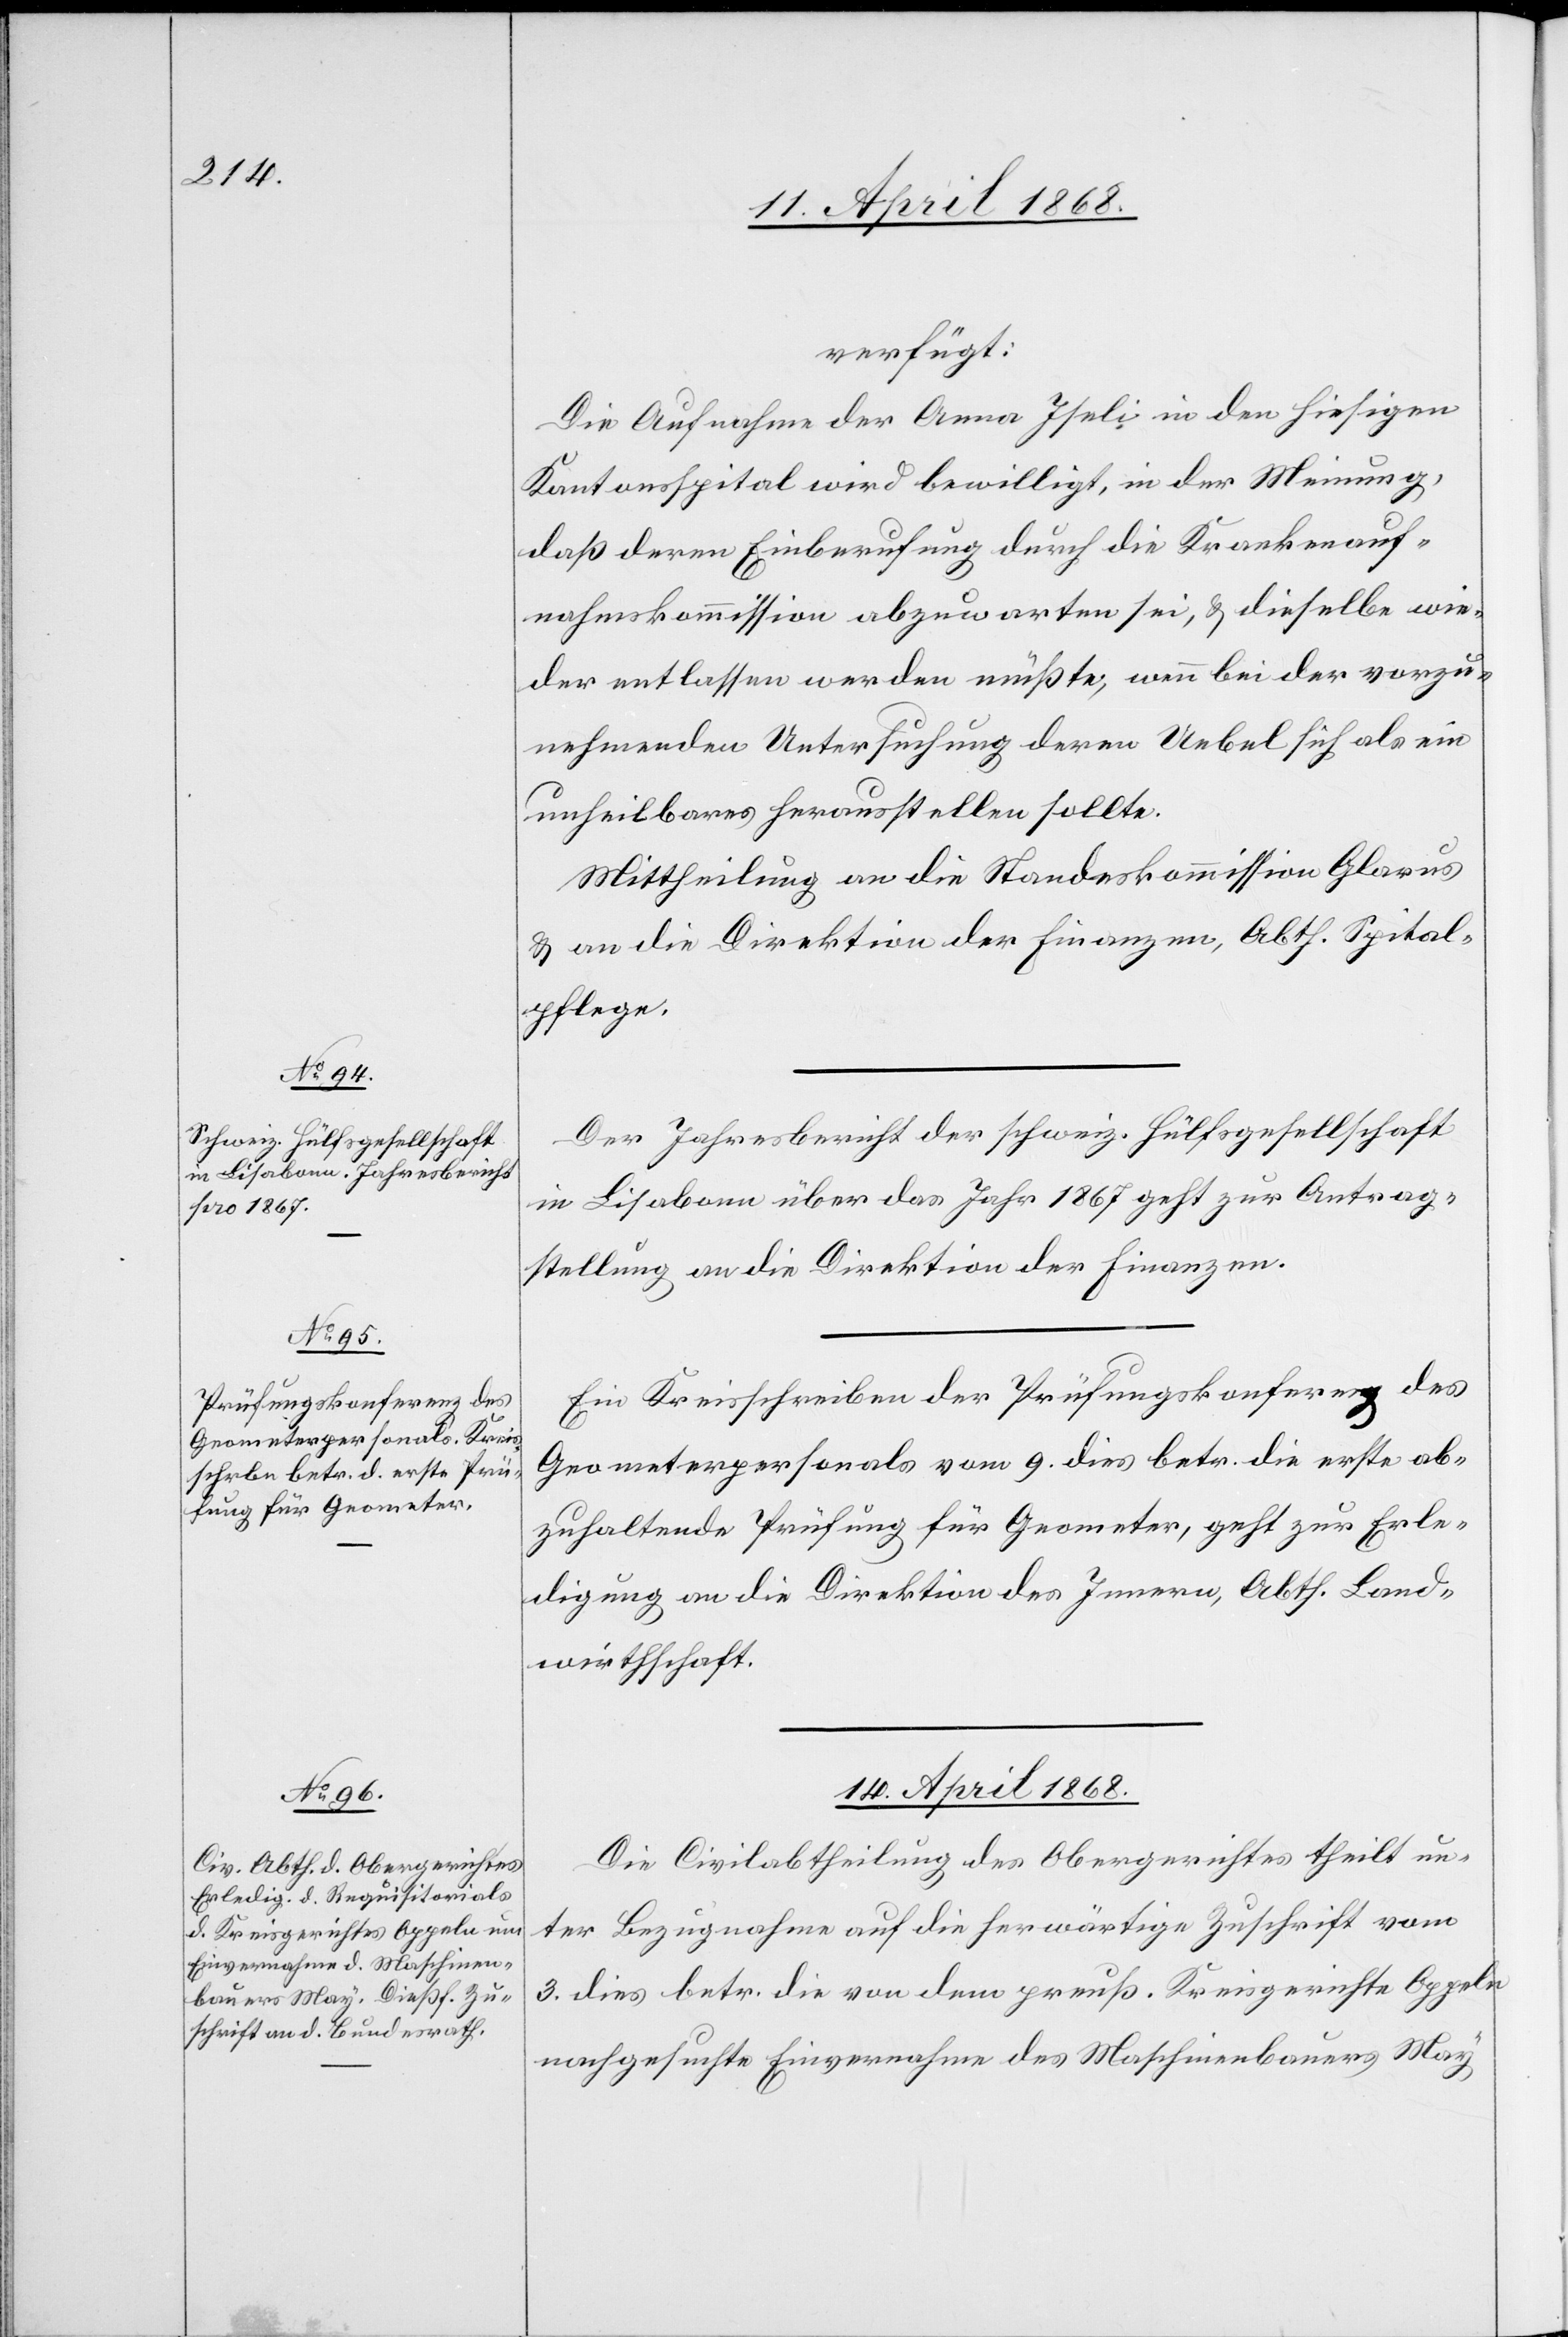
11. April 1868.]
verfügt:
Die Aufnahme der Anna Iseli in den hiesigen
Kantonsspital wird bewilligt, in der Meinung,
daß deren Einberufung durch die Krankenauf¬
nahmskommission abzuwarten sei, & dieselbe wie¬
der entlassen werden müßte, wenn bei der vorzu¬
nehmenden Untersuchung deren Uebel sich als ein
unheilbares herausstellen sollte.
Mittheilung an die Standeskommission Glarus
& an die Direktion der Finanzen, Abth. Spital¬
pflege.
Der Jahresbericht der schweiz. Hülfsgesellschaft
in Lisabonn über das Jahr 1867 geht zur Antrag¬
stellung an die Direktion der Finanzen.
Ein Kreisschreiben der Prüfungskonferenz des
Geometerpersonals vom 9. dies betr. die erste ab¬
zuhaltende Prüfung für Geometer, geht zur Erle¬
digung an die Direktion des Innern, Abth. Land¬
wirthschaft.
14. April 1868.
Die Civilabtheilung des Obergerichtes theilt un¬
ter Bezugnahme auf die herwärtige Zuschrift vom
3. dies betr. die von dem preuß. Kreisgerichte Oppeln
nachgesuchte Einvernahme des Maschinenbauers May